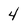
Character: 4